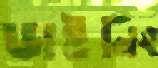
ডাইনিং